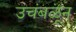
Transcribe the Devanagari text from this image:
उचंबळून